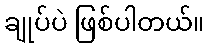
ချုပ်ပဲ ဖြစ်ပါတယ်။